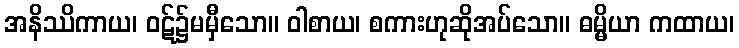
အနိဿိကာယ၊ ဝဋ်၌မမှီသော။ ဝါစာယ၊ စကားဟုဆိုအပ်သော။ ဓမ္မိယာ ကထာယ၊